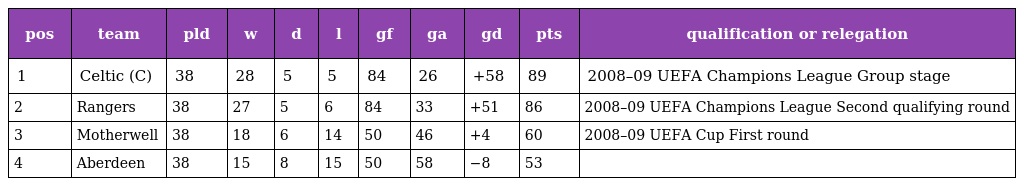
| pos | team | pld | w | d | l | gf | ga | gd | pts | qualification or relegation |
 | --- | --- | --- | --- | --- | --- | --- | --- | --- | --- | --- |
 | 1 | Celtic (C) | 38 | 28 | 5 | 5 | 84 | 26 | +58 | 89 | 2008–09 UEFA Champions League Group stage |
 | 2 | Rangers | 38 | 27 | 5 | 6 | 84 | 33 | +51 | 86 | 2008–09 UEFA Champions League Second qualifying round |
 | 3 | Motherwell | 38 | 18 | 6 | 14 | 50 | 46 | +4 | 60 | 2008–09 UEFA Cup First round |
 | 4 | Aberdeen | 38 | 15 | 8 | 15 | 50 | 58 | −8 | 53 |  |